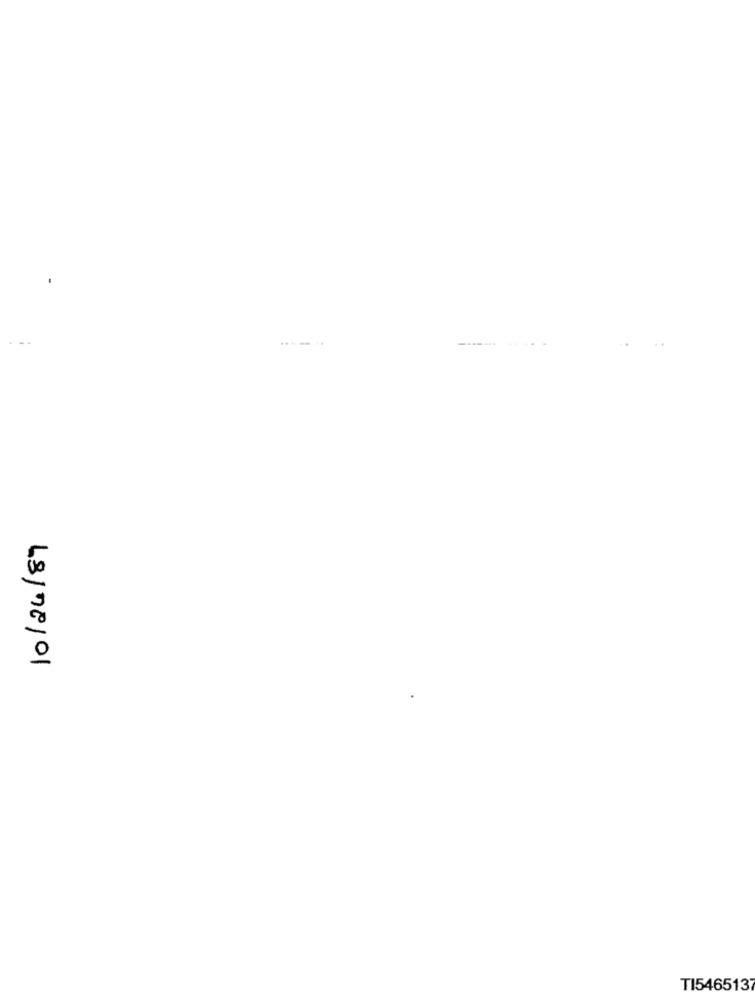
----. ..
10/24/89
TI5465137